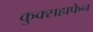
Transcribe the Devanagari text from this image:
कुक्सहाफेन